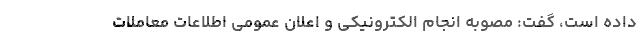
داده است، گفت: مصوبه انجام الکترونیکی و اعلان عمومی ‌اطلاعات معاملات